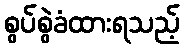
စွပ်စွဲခံထားရသည့်